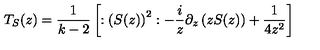
T _ { S } ( z ) = \frac 1 { k - 2 } \left[ : \left( S ( z ) \right) ^ { 2 } : - \frac i z \partial _ { z } \left( z S ( z ) \right) + \frac 1 { 4 z ^ { 2 } } \right]